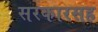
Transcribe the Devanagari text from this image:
सरकारसह